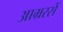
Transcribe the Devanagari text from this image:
आम्ररसें